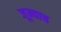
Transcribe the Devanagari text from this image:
जून्याच